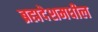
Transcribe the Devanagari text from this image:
ब्रह्मदेशमधील